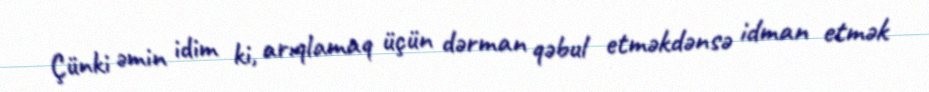
Çünki əmin idim ki, arıqlamaq üçün dərman qəbul etməkdənsə idman etmək